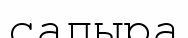
сапыра